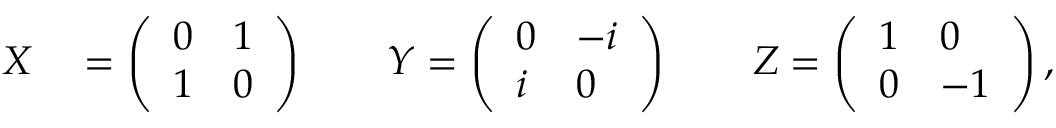
\begin{array} { r l } { X } & { { } = \left( \begin{array} { l l } { 0 } & { 1 } \\ { 1 } & { 0 } \end{array} \right) \qquad Y = \left( \begin{array} { l l } { 0 } & { - i } \\ { i } & { 0 } \end{array} \right) \qquad Z = \left( \begin{array} { l l } { 1 } & { 0 } \\ { 0 } & { - 1 } \end{array} \right) , } \end{array}